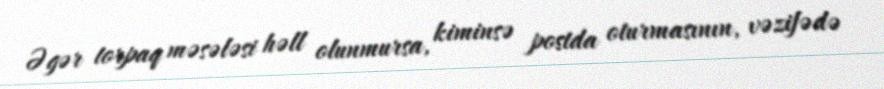
Əgər torpaq məsələsi həll olunmursa, kiminsə postda oturmasının, vəzifədə